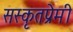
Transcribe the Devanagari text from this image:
सस्कृतप्रेमी